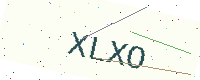
Text: XLXO